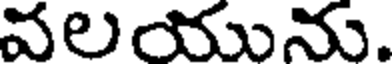
వలయును.